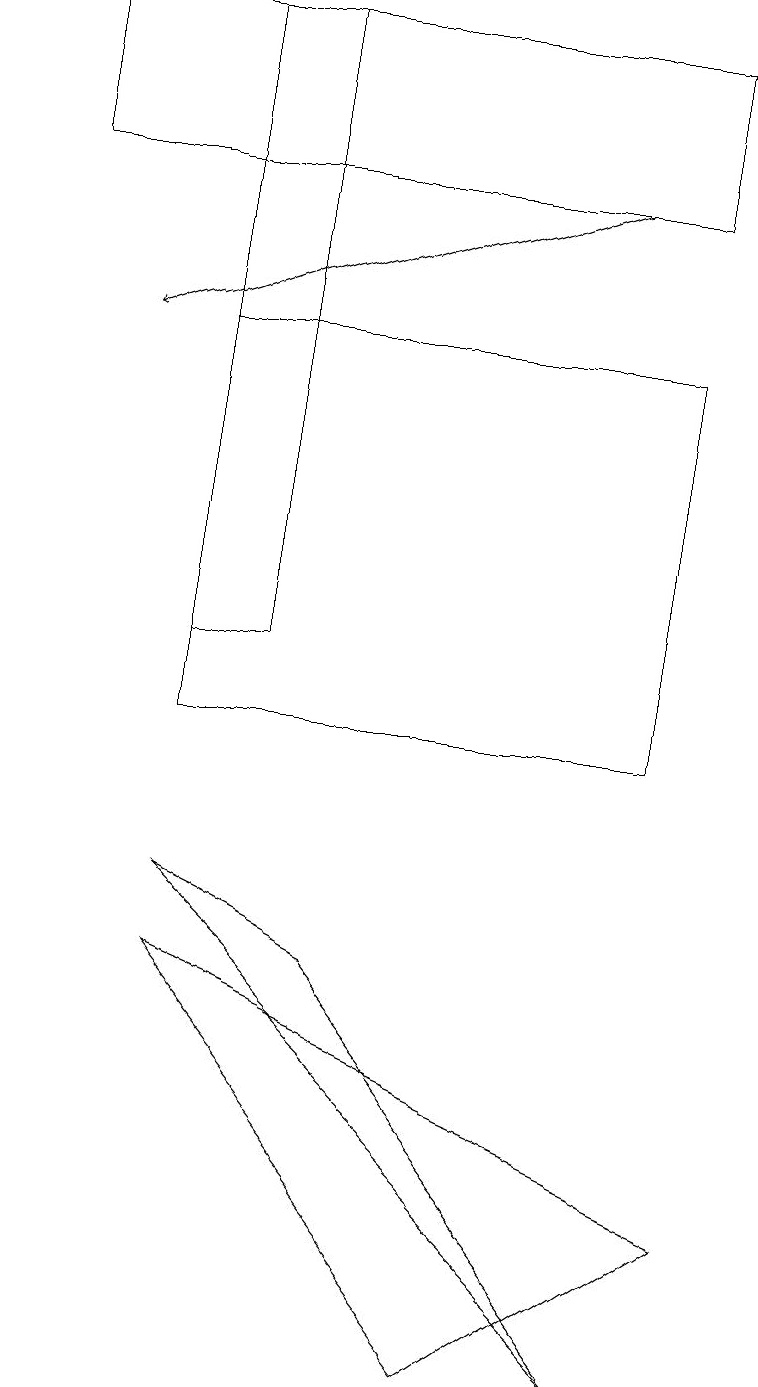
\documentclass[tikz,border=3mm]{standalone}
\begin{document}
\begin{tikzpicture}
\draw (6,2) -- (2,7) -- (9,4) -- cycle;
\draw (8,2) -- (2,8) -- (4,7) -- cycle;
\draw (8,19) rectangle (0,17);
\draw (2,15) rectangle (8,10);
\draw[->] (7,17) -- (1,15);
\draw (2,19) rectangle (3,11);
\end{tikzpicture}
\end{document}